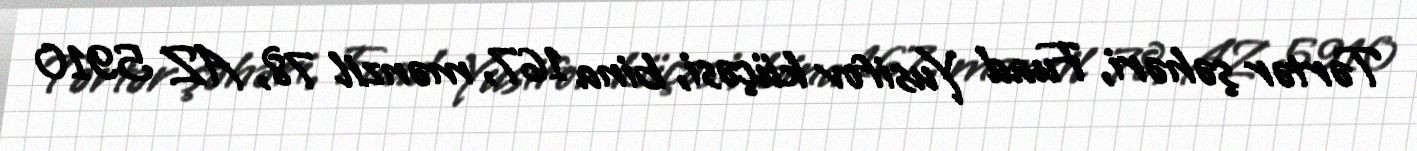
Tərtər şəhəri, Fuad Yusifov küçəsi, bina 167, mənzil 78, AZ 5910